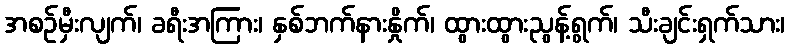
အစဉ်မှီးလျက်၊ ခရီးအကြား၊ နှစ်ဘက်နားနှိုက်၊ ထွားထွားညွန့်ရွက်၊ သီးချင်းရှက်သား၊